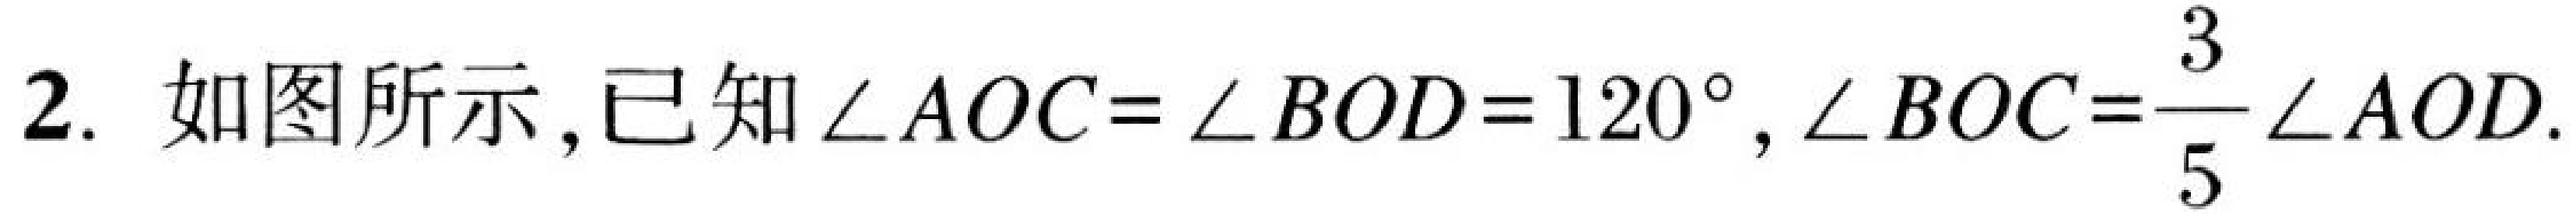
2. 如图所示,已知$\angle AOC = \angle BOD = 120^{\circ},\angle BOC=\frac{3}{5}\angle AOD$.